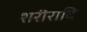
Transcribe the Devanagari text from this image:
शरीरादि